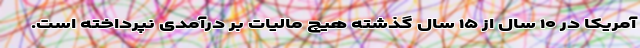
آمریکا در ۱۰ سال از ۱۵ سال گذشته هیچ مالیات بر درآمدی نپرداخته است.